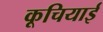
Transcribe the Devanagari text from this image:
कूचियाई